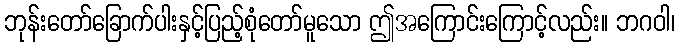
ဘုန်းတော်ခြောက်ပါးနှင့်ပြည့်စုံတော်မူသော ဤအကြောင်းကြောင့်လည်း။ ဘဂဝါ၊